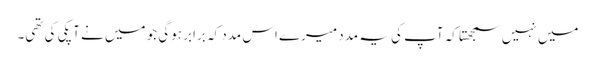
میں نہیں سمجھتا کہ آپ کی یہ مدد میرے اس مدد کہ برابر ہوگی جو میں نے آپکی کی تھی۔